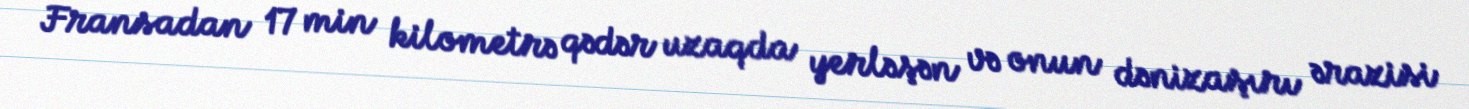
Fransadan 17 min kilometrə qədər uzaqda yerləşən və onun dənizaşırı ərazisi